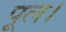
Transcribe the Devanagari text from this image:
पूल।